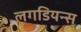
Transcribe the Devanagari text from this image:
लगडियन्स